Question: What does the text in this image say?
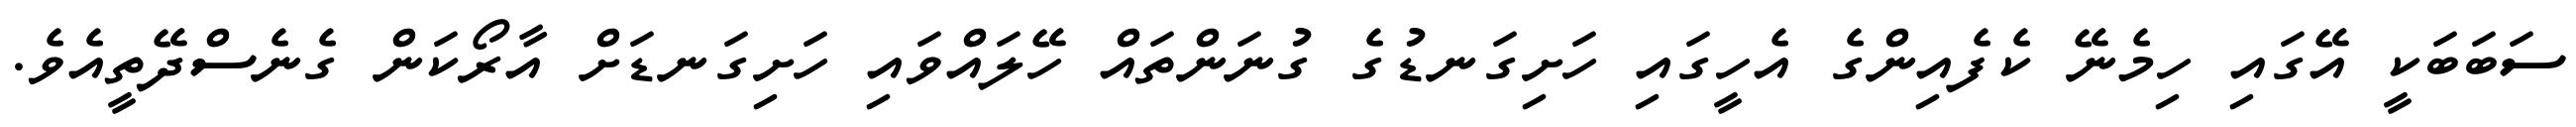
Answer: ސަބަބަކީ އޭގައި ހިމެނޭ ކެފެއިންގެ އެހީގައި ހަށިގަނޑުގެ ގުނަންތައް ހޭލައްވައި ހަށިގަނޑަށް އާރޯކަން ގެނެސްދޭތީއެވެ.